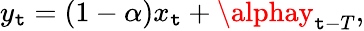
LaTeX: y_{\mathtt{t}}=(1-\alpha)x_{\mathtt{t}}+\alphay_{\mathtt{t}-T},